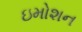
ઇમોશન